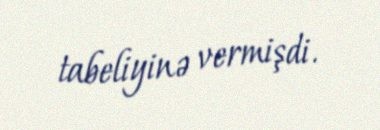
tabeliyinə vermişdi.